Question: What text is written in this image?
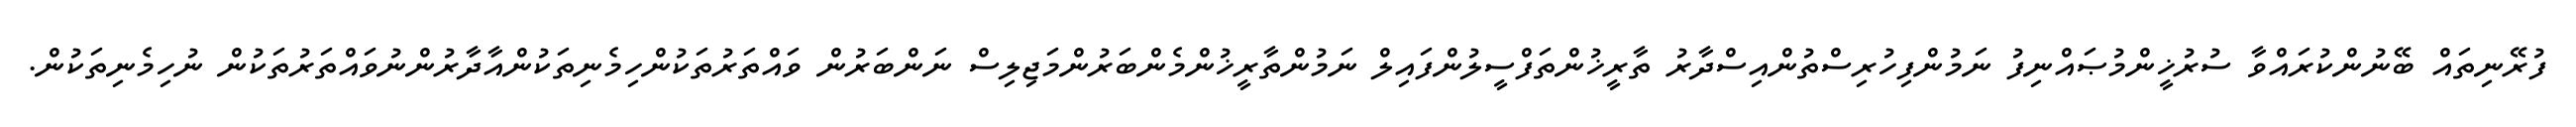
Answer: ފުރޭނިތައް ބޭނުންކުރައްވާ ސުރުޚީންމުޞައްނިފު ނަމުންފިހުރިސްތުންއިސްދާރު ތާރީޚުންތަފްސީލުންފައިލް ނަމުންތާރީޚުންމެންބަރުންމަޖިލިސް ނަންބަރުން ވައްތަރުތަކުންހިމެނިތަކުންއާދާރުންނުވައްތަރުތަކުން ނުހިމެނިތަކުން.